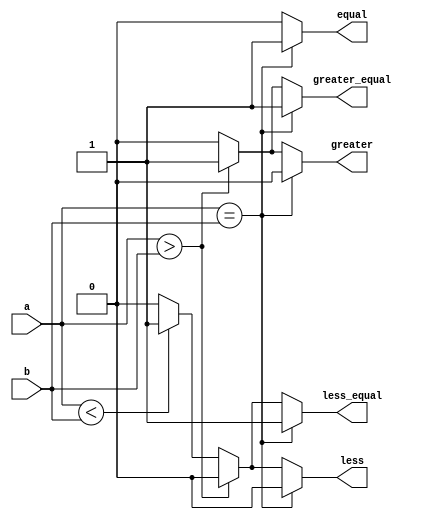
module ParameterizedComparator #(
    parameter WIDTH = 8  // Parameter for bit-width of inputs
)(
    input  wire [WIDTH-1:0] a,  // First input
    input  wire [WIDTH-1:0] b,  // Second input
    output reg  equal,           // Output for equality check
    output reg  greater,         // Output for greater than check
    output reg  less,            // Output for less than check
    output reg  greater_equal,   // Output for greater than or equal to check
    output reg  less_equal       // Output for less than or equal to check
);

always @(*) begin
    // Default outputs
    equal = 0;
    greater = 0;
    less = 0;
    greater_equal = 0;
    less_equal = 0;

    // Comparison logic
    if (a == b) begin
        equal = 1;
        greater_equal = 1;
        less_equal = 1;
    end
    else if (a > b) begin
        greater = 1;
        greater_equal = 1;
    end
    else if (a < b) begin
        less = 1;
        less_equal = 1;
    end
end

endmodule